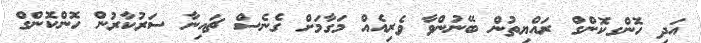
އަދި ހޮންގކޮންގް ރައްޔިތުން ބޭނުންވާ ވެރިއެއް މަގާމަށް ގެނެސް ޗައިނާ ސަރުކާރުން ހޮންކޮންގް